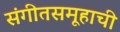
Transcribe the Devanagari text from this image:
संगीतसमूहाची